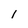
Character: I